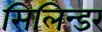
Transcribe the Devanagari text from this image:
सिलिन्डर